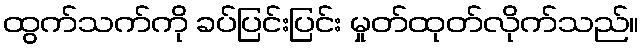
ထွက်သက်ကို ခပ်ပြင်းပြင်း မှုတ်ထုတ်လိုက်သည်။